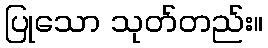
ပြုသော သုတ်တည်း။